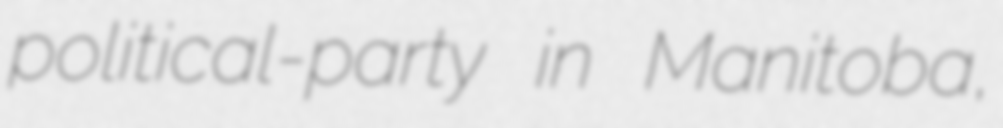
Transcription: political-party in Manitoba,